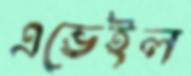
এভেইল